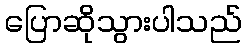
ပြောဆိုသွားပါသည်